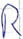
Text: R